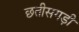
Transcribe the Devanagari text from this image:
छतीसगड़ी